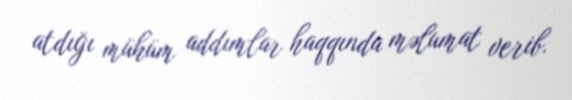
atdığı mühüm addımlar haqqında məlumat verib.